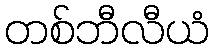
တစ်ဘီလီယံ